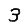
Digit: 3